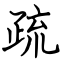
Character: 疏